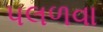
પલળવા